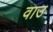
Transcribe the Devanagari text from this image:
वाउ